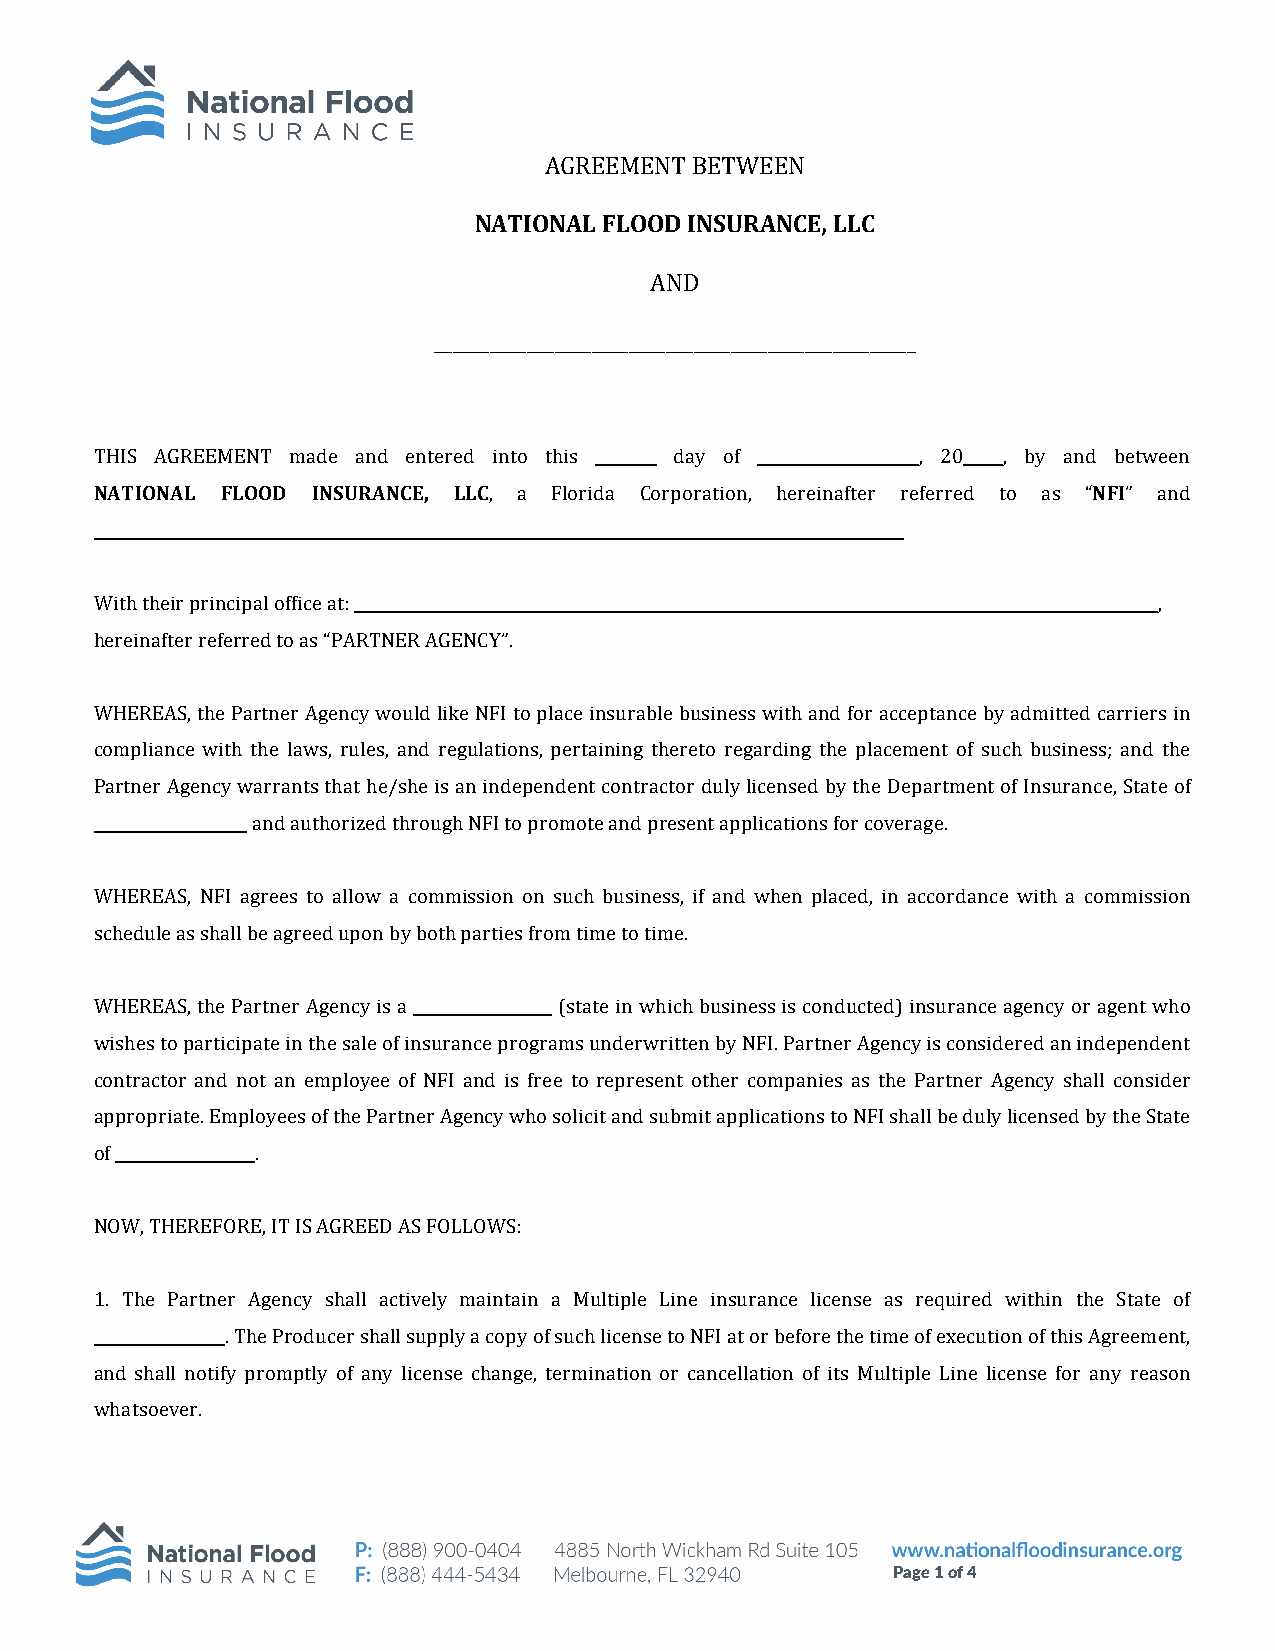
AGREEMENT BETWEEN
 NATIONAL FLOOD INSURANCE, LLC
 AND
 ____________________________________________________
 THIS AGREEMENT made and entered into this ________ day of _____________________, 20_____, by and between
 NATIONAL FLOOD INSURANCE, LLC, a Florida Corporation, hereinafter referred to as “NFI” and
 _________________________________________________________________________________________________________
 With their principal office at: ________________________________________________________________________________________________________,
 hereinafter referred to as “PARTNER AGENCY”.
 WHEREAS, the Partner Agency would like NFI to place insurable business with and for acceptance by admitted carriers in
 compliance with the laws, rules, and regulations, pertaining thereto regarding the placement of such business; and the
 Partner Agency warrants that he/she is an independent contractor duly licensed by the Department of Insurance, State of
 ____________________ and authorized through NFI to promote and present applications for coverage.
 WHEREAS, NFI agrees to allow a commission on such business, if and when placed, in accordance with a commission
 schedule as shall be agreed upon by both parties from time to time.
 WHEREAS, the Partner Agency is a __________________ (state in which business is conducted) insurance agency or agent who
 wishes to participate in the sale of insurance programs underwritten by NFI. Partner Agency is considered an independent
 contractor and not an employee of NFI and is free to represent other companies as the Partner Agency shall consider
 appropriate. Employees of the Partner Agency who solicit and submit applications to NFI shall be duly licensed by the State
 of __________________.
 NOW, THEREFORE, IT IS AGREED AS FOLLOWS:
 1. The Partner Agency shall actively maintain a Multiple Line insurance license as required within the State of
 _________________. The Producer shall supply a copy of such license to NFI at or before the time of execution of this Agreement,
 and shall notify promptly of any license change, termination or cancellation of its Multiple Line license for any reason
 whatsoever.
 Page 1 of 4